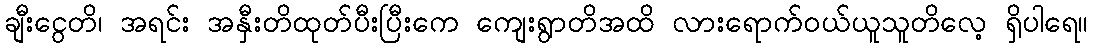
ချီးငွေတိ၊ အရင်း အနှီးတိထုတ်ပီးပြီးကေ ကျေးရွာတိအထိ လားရောက်ဝယ်ယူသူတိလေ့ ရှိပါရေ။